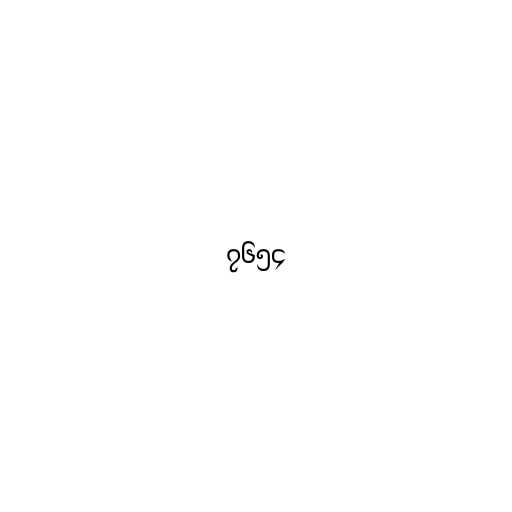
၇၆၅၄